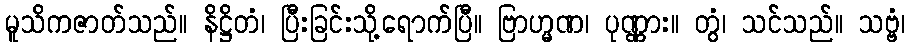
မူသိကဇာတ်သည်။ နိဋ္ဌိတံ၊ ပြီးခြင်းသို့ရောက်ပြီ။ ဗြာဟ္မဏ၊ ပုဏ္ဏား။ တွံ၊ သင်သည်။ သဗ္ဗံ၊